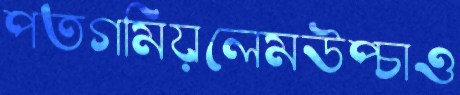
পতগমিয়লেমউপ্‌চাও